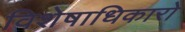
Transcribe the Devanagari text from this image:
विशेषाधिकारो